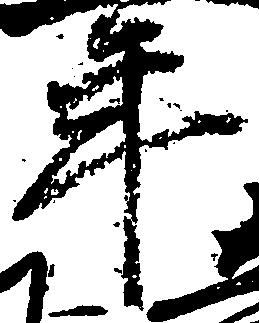
年